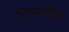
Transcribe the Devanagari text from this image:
स्पाइस्वीपर